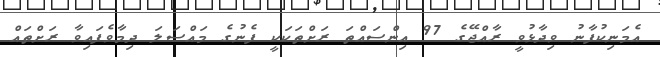
އެމަނިކުފާނު ވިދާޅުވީ ރާއްޖޭގެ 97 އިންސައްތަ ރަށްތަކަކީ ފެނުގެ މައްސަލަ ދިމާވެފައިވާ ރަށްތައް